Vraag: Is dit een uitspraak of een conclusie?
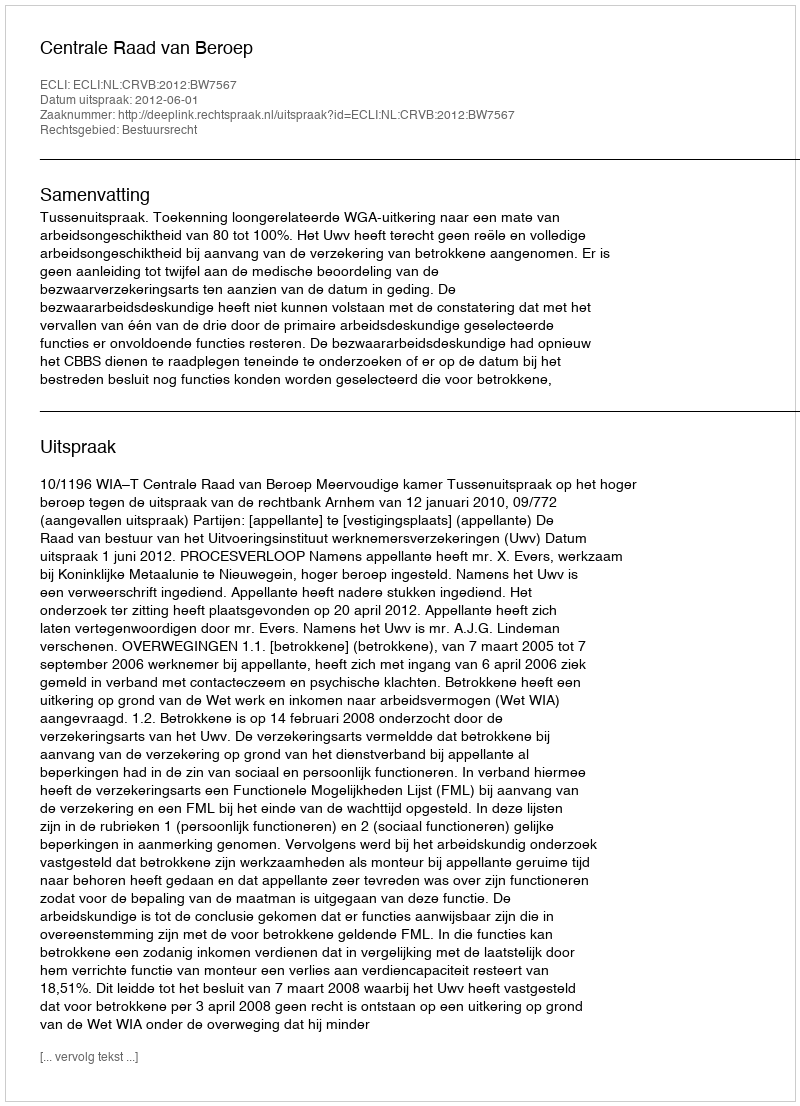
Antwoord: Uitspraak